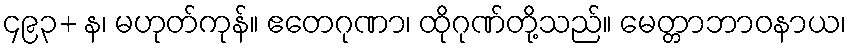
၄၉၃+ န၊ မဟုတ်ကုန်။ ဧတေဂုဏာ၊ ထိုဂုဏ်တို့သည်။ မေတ္တာဘာဝနာယ၊